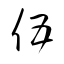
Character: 伍